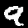
Label: 9